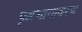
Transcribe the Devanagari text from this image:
पृष्ठभागावरच